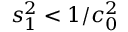
s _ { 1 } ^ { 2 } < 1 / c _ { 0 } ^ { 2 }